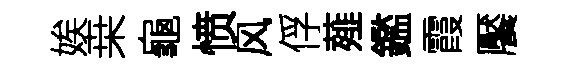
娭桒龜愤风俘薤鑑霞饜